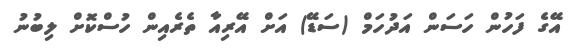
އޭގެ ފަހުން ހަސަން އަދުހަމް (ސަޑޭ) އަށް އޭރިއާ ތެރެއިން ހުސްކޮށް ލިބުނު